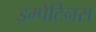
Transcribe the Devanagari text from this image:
इम्पेटिनस